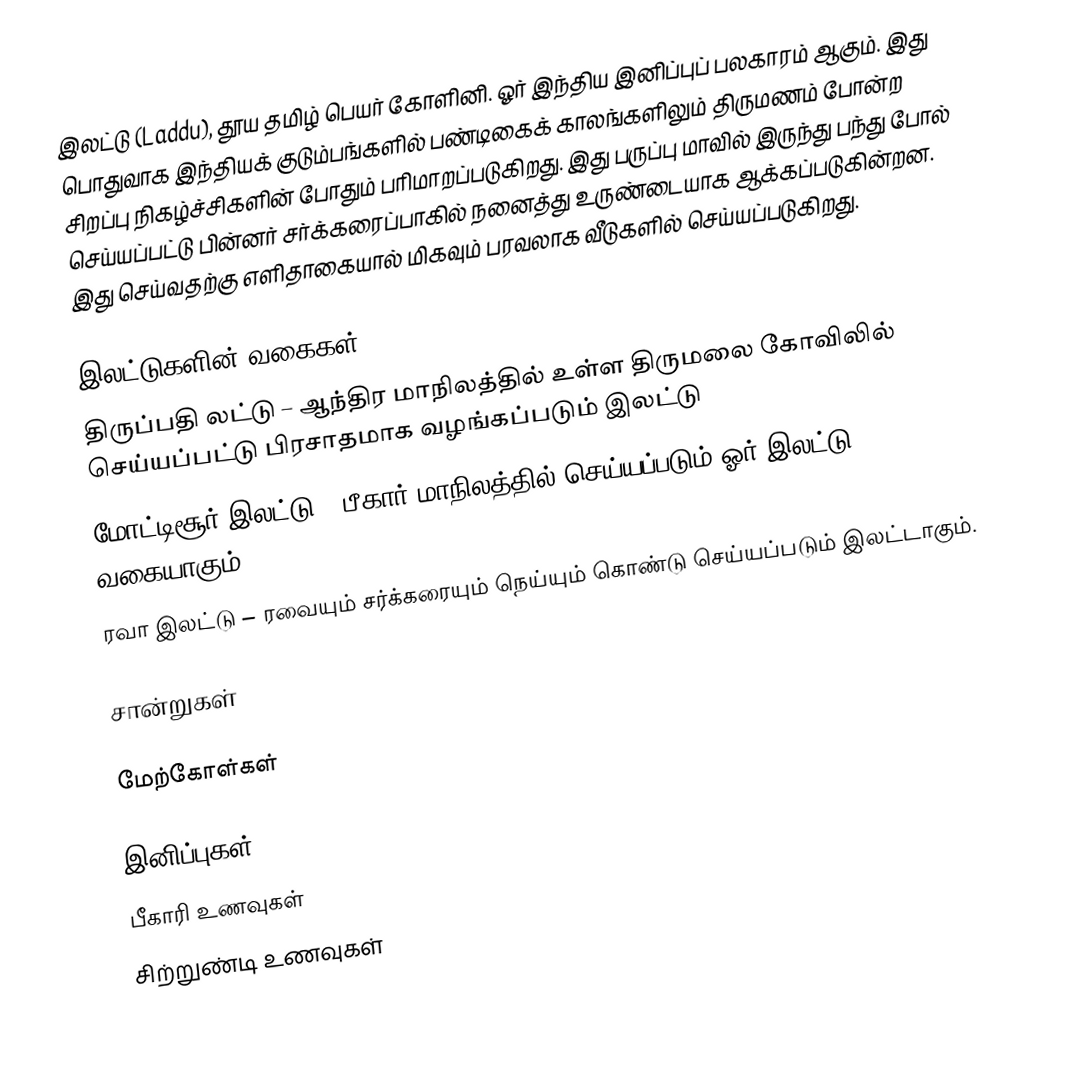
இலட்டு (Laddu),  தூய தமிழ் பெயர் கோளினி. ஓர் இந்திய இனிப்புப் பலகாரம் ஆகும். இது பொதுவாக இந்தியக் குடும்பங்களில் பண்டிகைக் காலங்களிலும் திருமணம் போன்ற சிறப்பு நிகழ்ச்சிகளின் போதும் பரிமாறப்படுகிறது. இது பருப்பு மாவில் இருந்து பந்து போல் செய்யப்பட்டு பின்னர் சர்க்கரைப்பாகில் நனைத்து உருண்டையாக ஆக்கப்படுகின்றன. இது செய்வதற்கு எளிதாகையால் மிகவும் பரவலாக வீடுகளில் செய்யப்படுகிறது.

இலட்டுகளின் வகைகள்
 திருப்பதி லட்டு – ஆந்திர மாநிலத்தில் உள்ள திருமலை கோவிலில் செய்யப்பட்டு பிரசாதமாக வழங்கப்படும் இலட்டு
மோட்டிசூர் இலட்டு – பீகார் மாநிலத்தில் செய்யப்படும் ஓர் இலட்டு வகையாகும்.
 ரவா இலட்டு – ரவையும் சர்க்கரையும் நெய்யும் கொண்டு செய்யப்படும் இலட்டாகும்.

சான்றுகள்

மேற்கோள்கள்

இனிப்புகள்
பீகாரி உணவுகள்
சிற்றுண்டி உணவுகள்